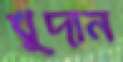
খুদান